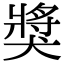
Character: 獎